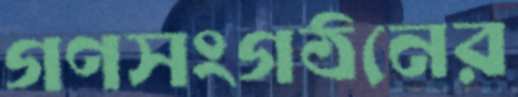
গণসংগঠনের